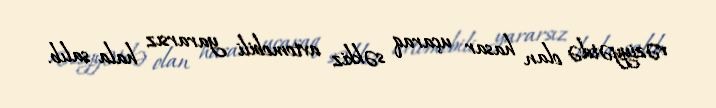
vəziyyətdə olan hasar uçaraq səkkiz avtomobili yararsız hala salıb.